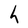
Character: h